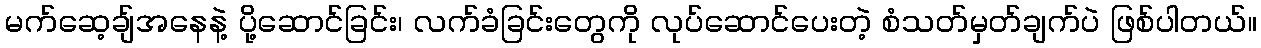
မက်ဆေ့ချ်အနေနဲ့ ပို့ဆောင်ခြင်း၊ လက်ခံခြင်းတွေကို လုပ်ဆောင်ပေးတဲ့ စံသတ်မှတ်ချက်ပဲ ဖြစ်ပါတယ်။